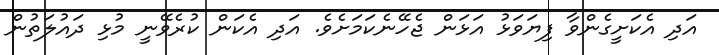
އަދި އެކަށީގެންވާ ފިޔަވަޅު އަޅަން ޖެހޭނެކަމަށެވެ. އަދި އެކަން ކުރެވޭނީ މުޅި ދައުލަތުން